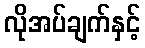
လိုအပ်ချက်နှင့်